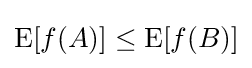
\operatorname {E} [f(A)]\leq \operatorname {E} [f(B)]